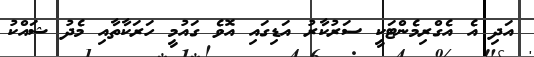
އަދި އެ އެގްރިމެންޓަކީ ސަރުކާރު އަޑިގައި އޮވެ ގައުމީ ހަރަކާތާއި މެދު ޝައްކު